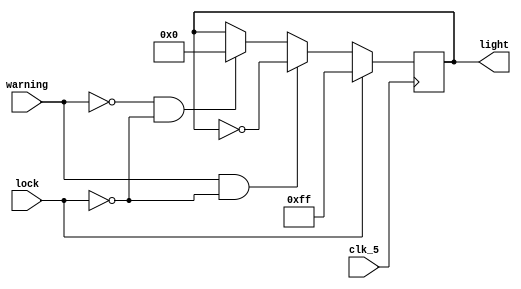
module light(
    input warning,
    input lock,
    input clk_5,
    output[7:0] light
    );
    wire warninng,lock,clk_5;
    reg[7:0] light=8'b00000000;
    always @(posedge clk_5)
    begin
        if(lock==1)
        light=8'b11111111;
        else if(warning==1&&lock==0)
        light=~light;
        else if(warning==0&&lock==0)
        light=8'b00000000;
    end
endmodule